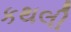
કથલી